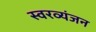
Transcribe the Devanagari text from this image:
स्वरव्यंजन